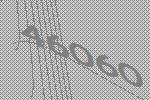
46060